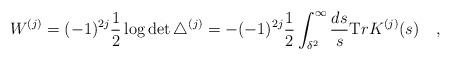
LaTeX: \begin{align*}W^{(j)}=(-1)^{2j}\frac 12 \log\det \triangle^{(j)}=-(-1)^{2j}\frac 12\int^{\infty}_{\delta^2}{ds \over s} {\mbox Tr}K^{(j)}(s)~~~,\end{align*}